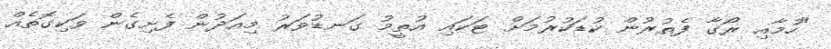
"ހުމާއި ރޯގާ ފެތުރުން ކުޑަކުރުމަށް ޓަކައި އުތީމު ގަނޑުވަރު މިއަދުން ފެށިގެން ވަކިގޮތެއް